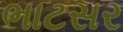
ભાટસર